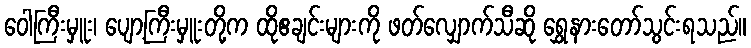
ဝေါကြီးမှူး၊ ပျော့ကြီးမှူးတို့က ထိုဧချင်းများကို ဖတ်လျှောက်သီဆို ရွှေနားတော်သွင်းရသည်။